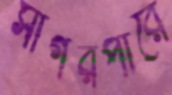
সাগরপারে